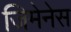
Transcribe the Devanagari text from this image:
जिमेनेस